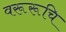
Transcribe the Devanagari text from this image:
वरूरूचि